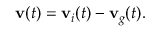
\mathbf { v } ( t ) = \mathbf { v } _ { i } ( t ) - \mathbf { v } _ { g } ( t ) .